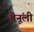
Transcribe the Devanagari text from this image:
बेनूंली